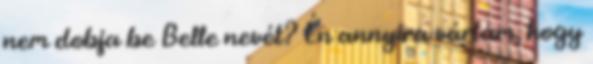
nem dobja be Belle nevét? Én annyira vártam, hogy